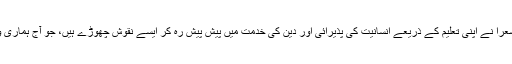
اِن بزرگ صوفیہ وشعرا نے اپنی تعلیم کے ذریعے انسانیت کی پذیرائی اور دین کی خدمت میں پیش پیش رہ کر ایسے نقوش چھوڑے ہیں، جو آج ہماری وراثت کا حصّہ ہیں۔